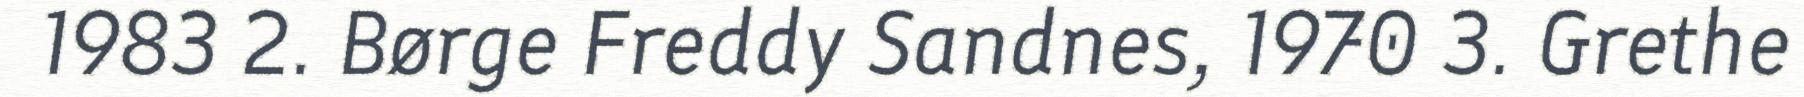
1983 2. Børge Freddy Sandnes, 1970 3. Grethe